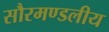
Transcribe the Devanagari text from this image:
सौरमण्डलीय